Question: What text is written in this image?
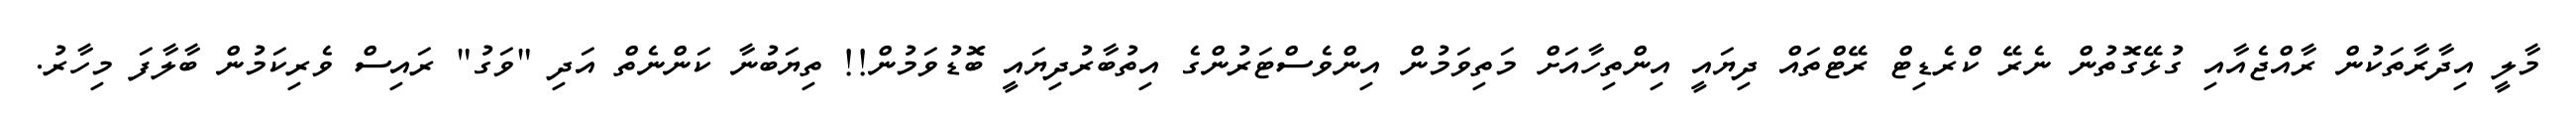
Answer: މާލީ އިދާރާތަކުން ރާއްޖެއާއި ގުޅޭގޮތުން ނެރޭ ކްރެޑިޓް ރޭޓްތައް ދިޔައީ އިންތިހާއަށް މަތިވަމުން އިންވެސްޓަރުންގެ އިތުބާރުދިޔައީ ބޮޑުވަމުން!! ތިޔަބުނާ ކަންނެތް އަދި "ވަގު" ރައިސް ވެރިކަމުން ބާލާފަ މިހާރު.